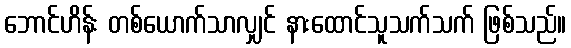
ဘောင်ဟိန်း တစ်ယောက်သာလျှင် နားထောင်သူသက်သက် ဖြစ်သည်။